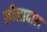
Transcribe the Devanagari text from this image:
लीलावाल